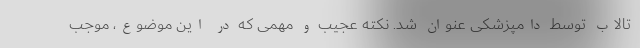
تالاب توسط دامپزشکی عنوان شد. نکته عجیب و مهمی که در این موضوع، موجب